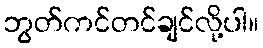
ဘွတ်ကင်တင်ချင်လို့ပါ။